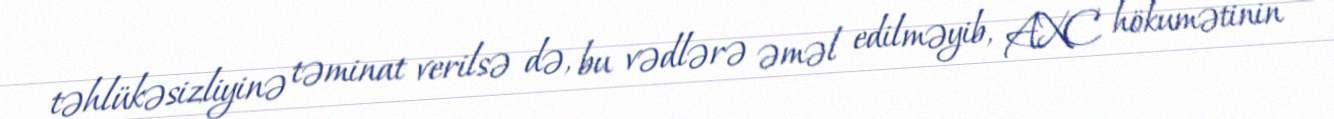
təhlükəsizliyinə təminat verilsə də, bu vədlərə əməl edilməyib, AXC hökumətinin